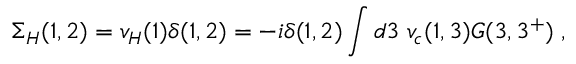
\Sigma _ { H } ( 1 , 2 ) = v _ { H } ( 1 ) \delta ( 1 , 2 ) = - i \delta ( 1 , 2 ) \int d 3 \; v _ { c } ( 1 , 3 ) G ( 3 , 3 ^ { + } ) \; ,